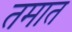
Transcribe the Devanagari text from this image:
तमात